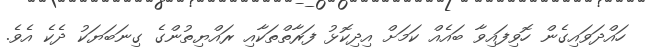
ހައްދަވައިގެން ހޮވިފައިވާ ބައެއް ކަމަށް އިދިކޮޅު ފަރާތްތަކާއި ރައްޔިތުންގެ ގިނަބަޔަކު ދެކެ އެވެ.